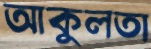
আকুলতা